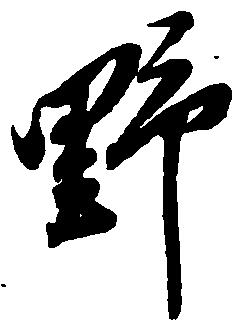
野